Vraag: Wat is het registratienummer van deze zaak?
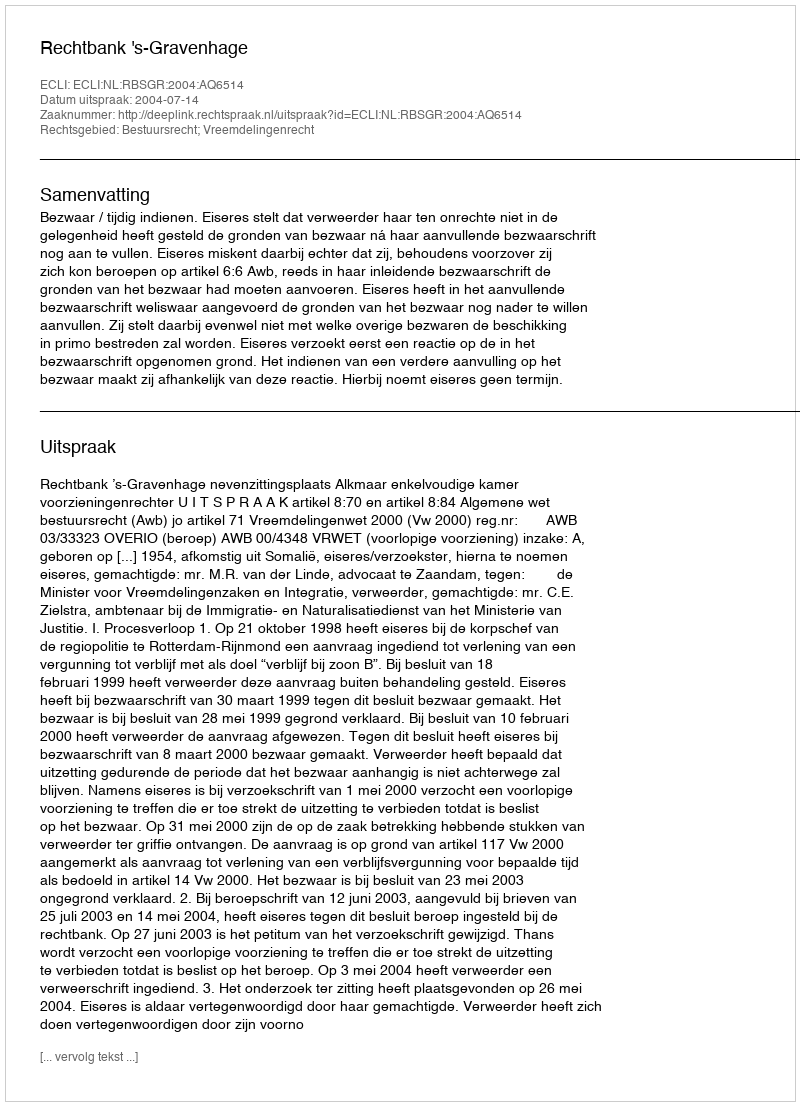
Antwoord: http://deeplink.rechtspraak.nl/uitspraak?id=ECLI:NL:RBSGR:2004:AQ6514